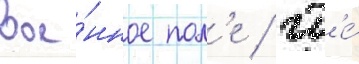
вое́нное пол'е / гд'е́